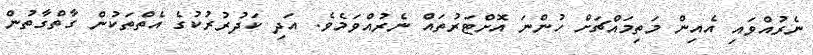
ނެރުއްވައި އެއިން މަތިމައްޗަށް ހުންނަ އޮށްޓަރުތައް ނެރުއްވަމެވެ. އަދި ކަދުރުރުކުގެ އެތްތަކުން ގާތްގާތުން